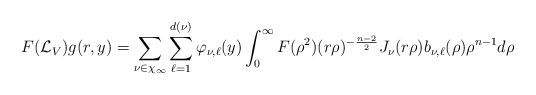
LaTeX: \begin{align*}F(\mathcal{L}_V) g(r,y)=\sum_{\nu\in\chi_\infty}\sum_{\ell=1}^{d(\nu)} \varphi_{\nu,\ell}(y) \int_0^\infty F(\rho^2) (r\rho)^{-\frac{n-2}2}J_\nu(r\rho)b_{\nu,\ell}(\rho)\rho^{n-1} d\rho\end{align*}